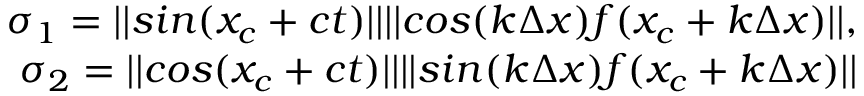
\begin{array} { r } { \sigma _ { 1 } = | | s i n ( x _ { c } + c t ) | | | | c o s ( k \Delta x ) f ( x _ { c } + k \Delta x ) | | , } \\ { \sigma _ { 2 } = | | c o s ( x _ { c } + c t ) | | | | s i n ( k \Delta x ) f ( x _ { c } + k \Delta x ) | | } \end{array}